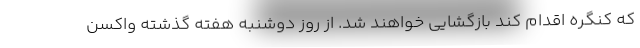
که کنگره اقدام کند بازگشایی خواهند شد. از روز دوشنبه هفته گذشته واکسن